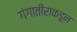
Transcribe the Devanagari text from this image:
गंगातीराकडून